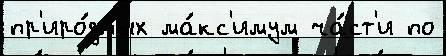
пр'иро́дных ма́кс'имум ча́ст'и по